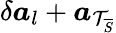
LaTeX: \delta\boldsymbol{a}_{l}+\boldsymbol{a}_{\mathcal{T}_{\overline{{S}}}}